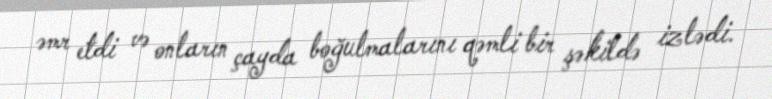
əmr etdi və onların çayda boğulmalarını qəmli bir şəkildə izlədi.